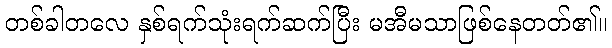
တစ်ခါတလေ နှစ်ရက်သုံးရက်ဆက်ပြီး မအီမသာဖြစ်နေတတ်၏။